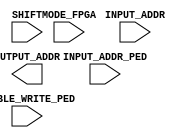
module sitch_addr(

input wire [9:0] INPUT_ADDR,
input wire [9:0] INPUT_ADDR_PED,
input wire [8:0] SHIFT,
input wire [31:0] MODE_FPGA,
input wire ENABLE_WRITE_PED,
output [12:0] OUTPUT_ADDR

);

wire [9:0]input_addr; 

wire [12:0]full_input_addr; 

assign input_addr[9:1]=(ENABLE_WRITE_PED==1) ? INPUT_ADDR[8:0] : INPUT_ADDR_PED;






endmodule